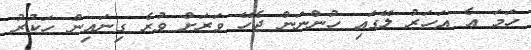
ހަމަ އެ އަހަރު ލޭގައި ހުންނަން ޖެހޭ ވަރަށް ވުރެ ގިނައިން ހަކުރު